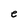
Character: e